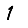
Digit: 1